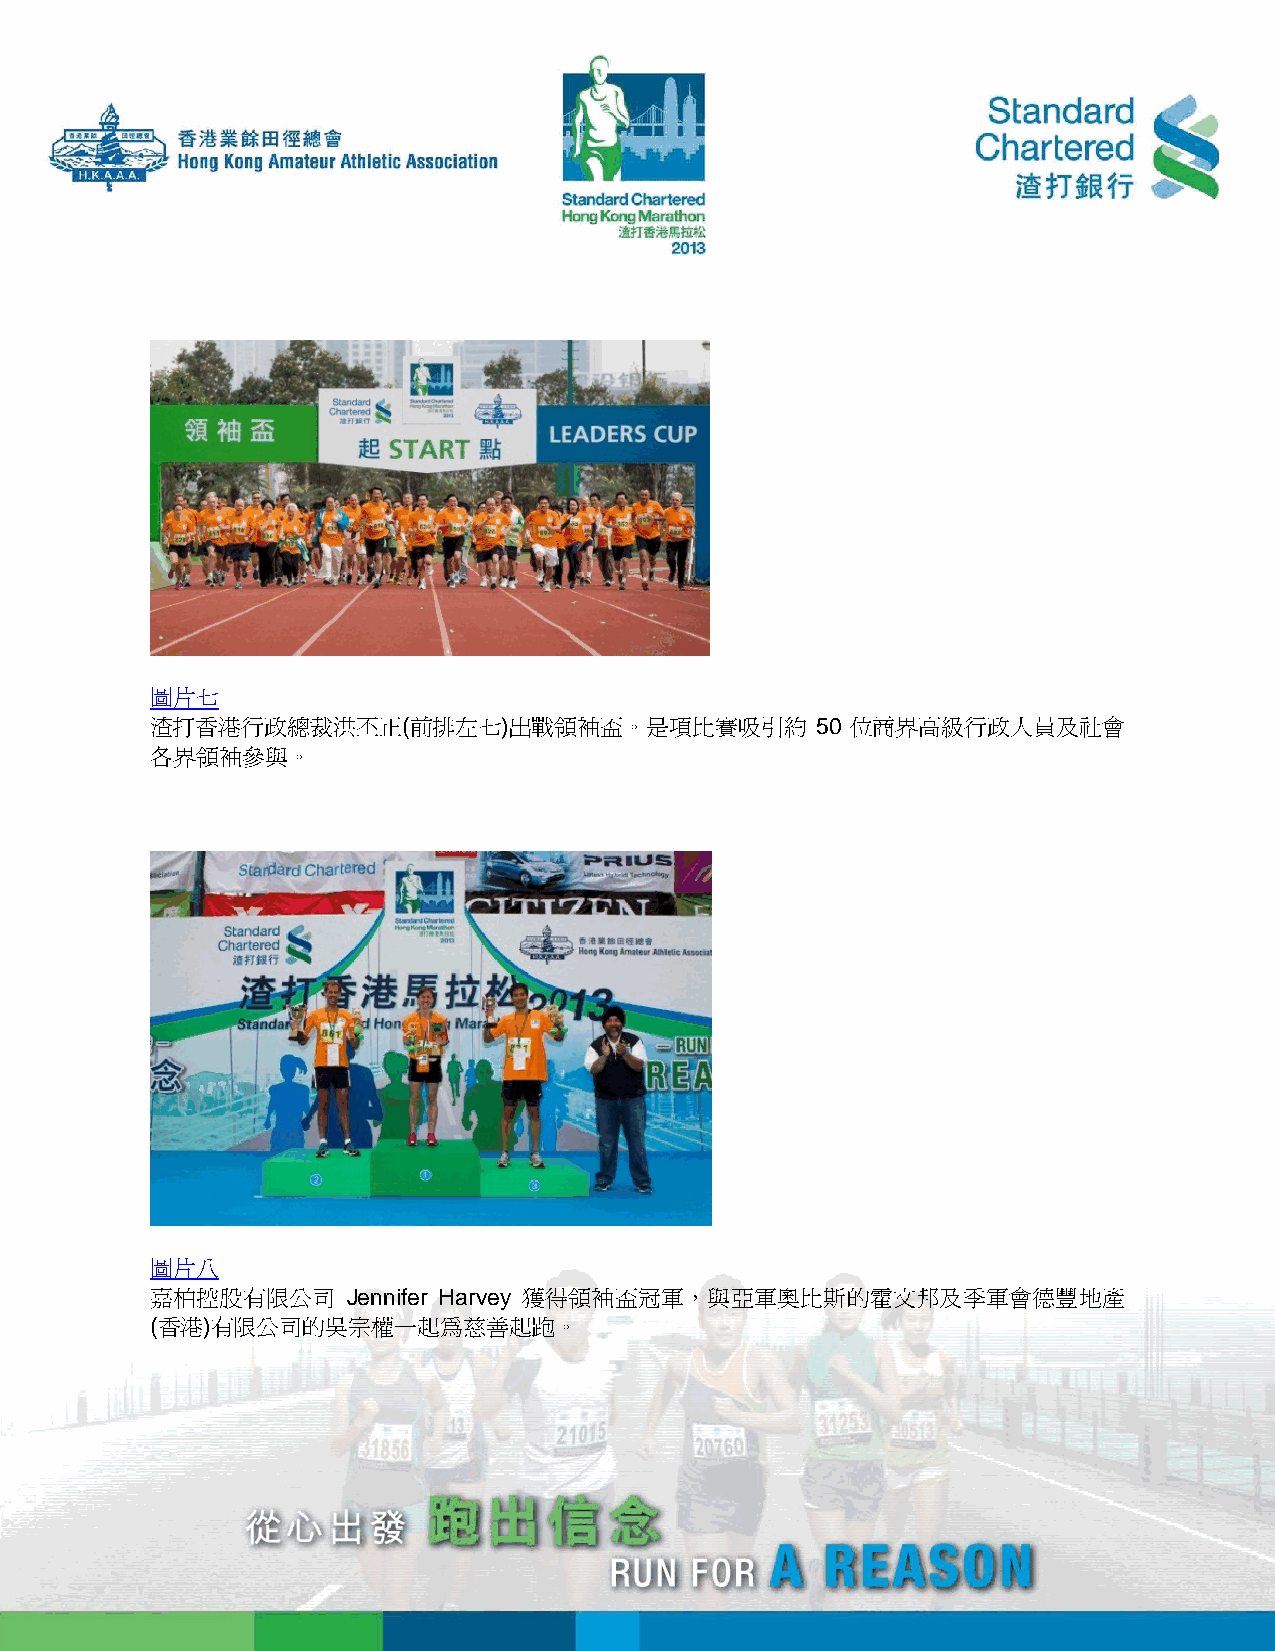
圖片七
 渣打香港行政總裁洪丕正(前排左七)出戰領袖盃。是項比賽吸引約              50 位商界高級行政人員及社會
 各界領袖參與。
 圖片八
 嘉柏控股有限公司     Jennifer Harvey 獲得領袖盃冠軍，與亞軍奧比斯的霍文邦及季軍會德豐地產
 (香港)有限公司的吳宗權一起為慈善起跑。